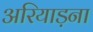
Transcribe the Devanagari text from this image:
अरियाड़ना